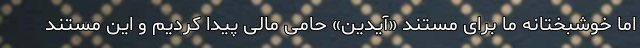
اما خوشبختانه ما برای مستند «آیدین» حامی مالی پیدا کردیم و این مستند